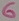
Text: 6